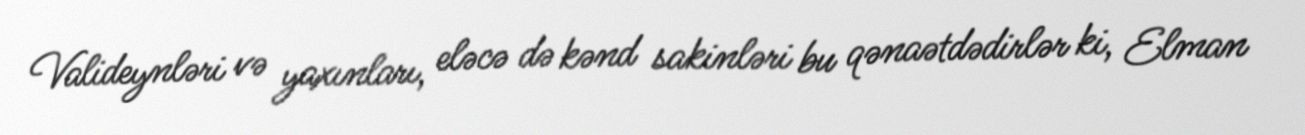
Valideynləri və yaxınları, eləcə də kənd sakinləri bu qənaətdədirlər ki, Elman